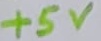
Text: +5V